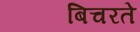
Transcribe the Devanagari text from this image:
बिचरते